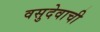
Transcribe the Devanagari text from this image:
वसुदेवाची